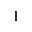
^ { 1 }